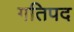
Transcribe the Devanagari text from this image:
गतिपद